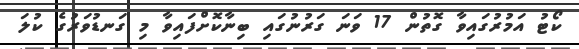
ކޯޓު އަމުރުގައިވާ ގޮތުން 17 ވަނަ ގަރުނުގައި ބިނާކޮށްފައިވާ މި ގަނޑުވަރުގެ ކުލަ